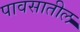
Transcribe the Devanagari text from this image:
पावसातील